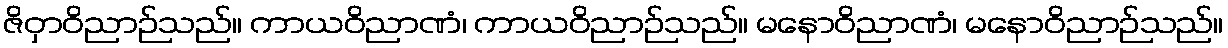
ဇိဝှာဝိညာဉ်သည်။ ကာယဝိညာဏံ၊ ကာယဝိညာဉ်သည်။ မနောဝိညာဏံ၊ မနောဝိညာဉ်သည်။